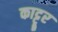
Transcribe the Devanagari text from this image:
काट्टूर